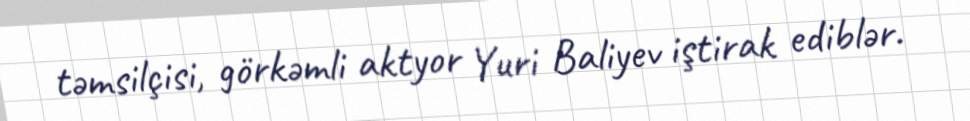
təmsilçisi, görkəmli aktyor Yuri Baliyev iştirak ediblər.